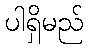
ပါရှိမည်